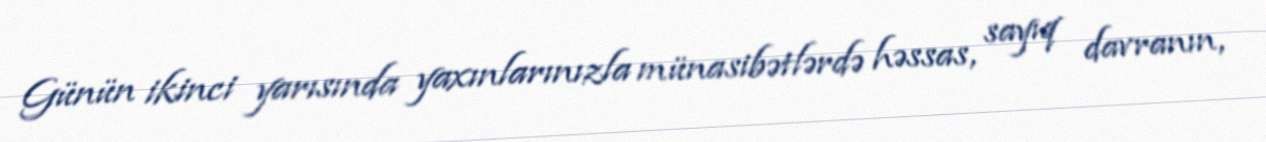
Günün ikinci yarısında yaxınlarınızla münasibətlərdə həssas, sayıq davranın,